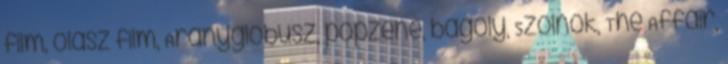
film, olasz film, Aranyglóbusz, popzene, bagoly, Szolnok, The Affair,